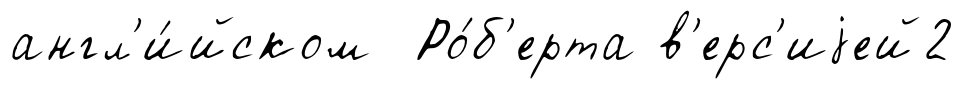
англ'и́йском Ро́б'ерта в'ерс'иjей2